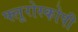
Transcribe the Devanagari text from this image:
फ्लूरोस्कोपी